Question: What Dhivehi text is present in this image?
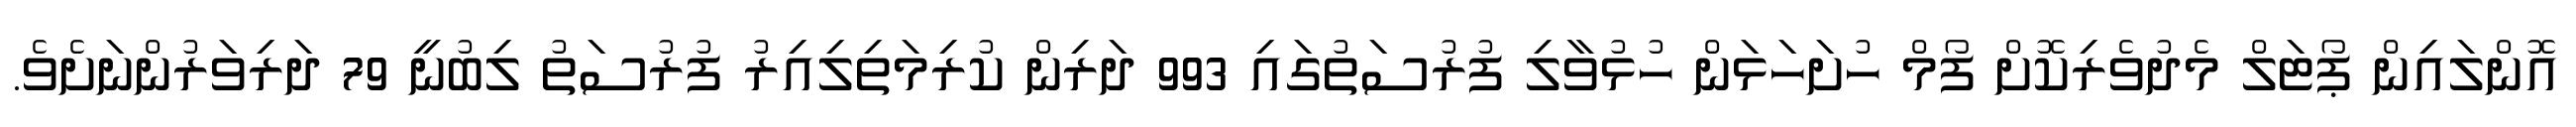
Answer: އޮންލައިން ޕޯޓަލް މެދުވެރިކޮށް ފޯމް ހުށަހަޅަން ހުޅުވާލި ފުރުސަތުގައި 993 ދަރިން ކުރިމަތިލިއިރު ފުރުސަތު ލިބުނީ 79 ދަރިވަރުންނަށެވެ.